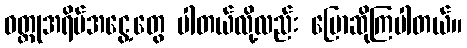
ဝတ္ထုအရိပ်အငွေ့တွေ ပါတယ်လို့လည်း ပြောဆိုကြပါတယ်။